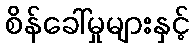
စိန်ခေါ်မှုများနှင့်